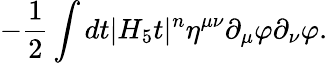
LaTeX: -{\frac{1}{2}}\int dt|H_{5}t|^{n}\eta^{\mu\nu}\partial_{\mu}\varphi\partial_{\nu}\varphi.